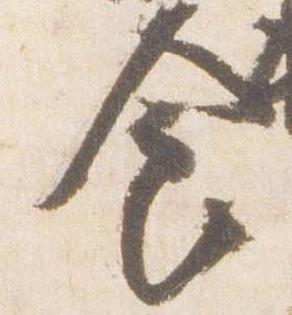
食